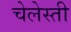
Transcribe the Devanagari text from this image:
चेलेस्ती